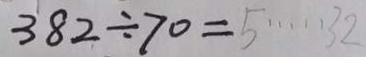
3 8 2 \div 7 0 = 5 \cdots 3 2